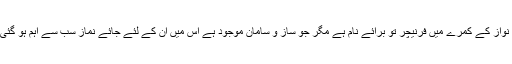
مریم نواز کے کمرے میں فرنیچر تو برائے نام ہے مگر جو ساز و سامان موجود ہے اس میں ان کے لئے جائے نماز سب سے اہم ہو گئی ہے۔